Madras plague regulations in force outside the Presidency town - Volume 5
Disease focus: Plague
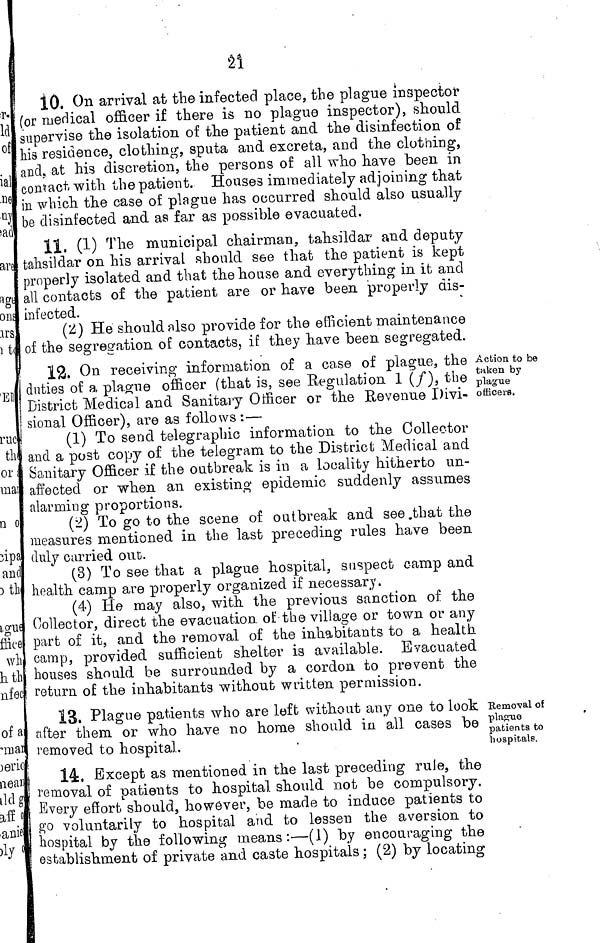
21
10, On arrival at the infected place, the plague inspector
(or medical officer if there is no plague inspector), should
supervise the isolation of the patient and the disinfection of
his residence, clothing, sputa and excreta, and the clothing,
and, at his discretion, the persons of all who have been in
contact with the patient. Houses immediately adjoining that
in which the case of plague has occurred should also usually
be disinfected and as far as possible evacuated.
11, (1) The municipal chairman, tahsildar and deputy
tahsildar on his arrival should see that the patient is kept
properly isolated and that the house and everything in it and
all contacts of the patient are or have been properly dis-
infected.
(2) He should also provide for the efficient maintenance
of the segregation of contacts, if they have been segregated.
Action to be
taken by
plague
officers.
12. On receiving information of a case of plague, the
duties of a plague officer (that is, see Regulation 1 (/), the
District Medical and Sanitary Officer or the Revenue Divi-
sional Officer), are as follows :—
(1) To send telegraphic information to the Colleotoi
and a post copy of the telegram to the District Medical and
Sanitary Officer if the outbreak is in a locality hitherto un-
affected or when an existing epidemic suddenly assumei
alarming proportions.
(¿) To go to the scene of outbreak and see .that the
I measures mentioned in the last preceding rules have beer
! duly carried out.
(3) To see that a plague hospital, suspect camp anc
health camp are properly organized if necessary,
(4) He may also, with the previous sanction of thi
Collector, direct the evacuation of the village or town or airj
part of it, and the removal of the inhabitants to a healtl
camp, provided sufficient shelter is available. Evacuatec
houses should be surrounded by a cordon to prevent th(
return of the inhabitants without written permission.
Removal of
plague
patients to
hospitals.
13. Plague patients who are left without any one to look
after them or who have no home should in all cases be
removed to hospital.
I
14. Except as mentioned in the last preceding rule, the
I removal of patients to hospital should not be compulsory,
i Every effort should, however, be made to induce patients to
| go voluntarily to hospital and to lessen the aversion to
I hospital by the following means:—(1) by encouraging the
I establishment of private and caste hospitals ; (2) by locating